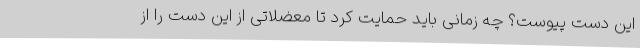
این دست پیوست؟ چه زمانی باید حمایت کرد تا معضلاتی از این دست را از